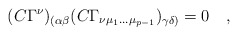
\begin{align*}(C \Gamma^\nu)_{(\alpha \beta} (C \Gamma_{\nu \mu_1 \dots\mu_{p-1}})_{\gamma \delta)}=0\quad,\end{align*}